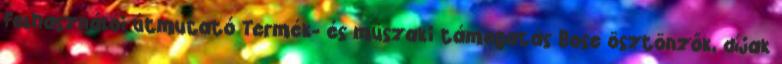
Felhasználói útmutató Termék- és műszaki támogatás Bose ösztönzők, díjak